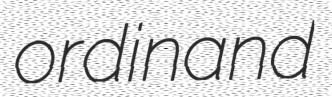
ordinand